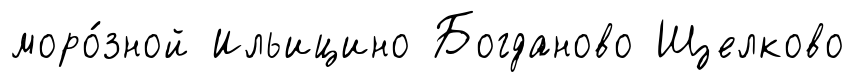
моро́зной Ильицино Богданово Щелково